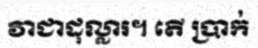
វាជាដុល្លារ។ តើ ប្រាក់